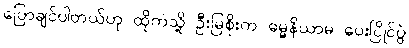
ပြောချင်ပါတယ်ဟု ထိုကဲသို့ ဦးမြစိုးက ဓမ္မနိယာမ ပေးပြိုင်ပွဲ